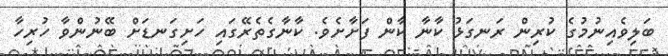
ބަލިވެއިނުމުގެ ކުރިން ރަނގަޅު ކާނާ ކާން ފަށާށެވެ. ކާނާގެތެރޭގައި ހަށިގަނޑަށް ބޭނުންވާ ހުރިހާ